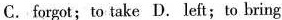
C.forgot; to take D.left; to bring